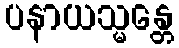
ပနာယသ္မန္တေ